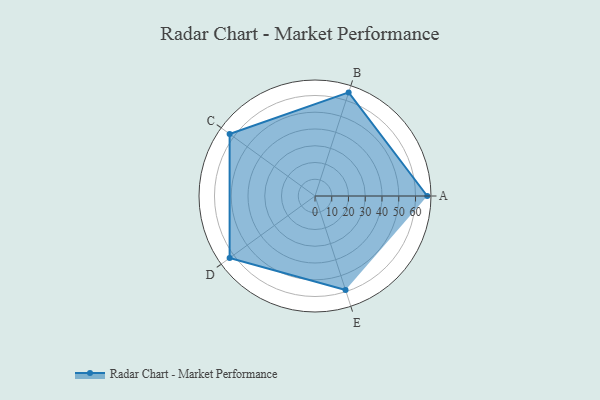
{"axis": {"x": "Skill", "y": "Score"}, "legend": ["Profile"], "data": [{"x": "A", "y": 67.0, "type": "Profile"}, {"x": "B", "y": 65.0, "type": "Profile"}, {"x": "C", "y": 63.0, "type": "Profile"}, {"x": "D", "y": 63.0, "type": "Profile"}, {"x": "E", "y": 59.0, "type": "Profile"}]}